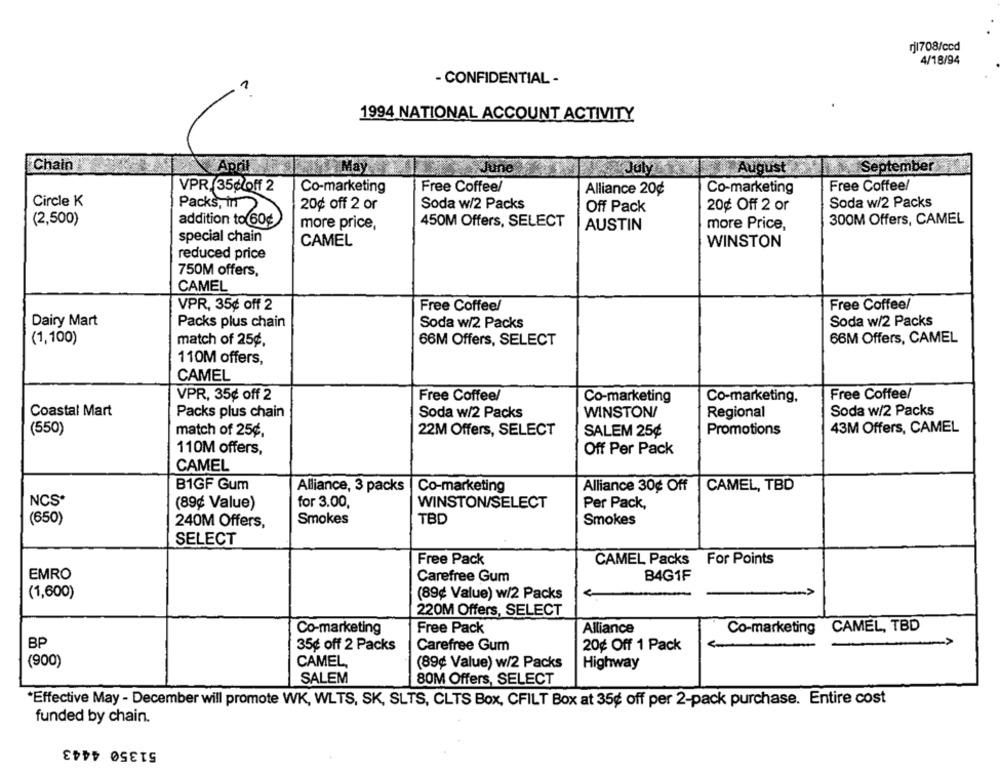
rj1708/ccd
4/18/94
- CONFIDENTIAL -
1994 NATIONAL ACCOUNT ACTIVITY
Chain
April
May
Jun
Ju
August
September
VPR. 35¢loff 2
Co-marketing
Free Coffee/
Alliance 20¢
Co-marketing
Free Coffee/
Circle K
Packs, in )
20¢ off 2 or
Soda w/2 Packs
Off Pack
20¢ Off 2 or
Soda w/2 Packs
(2,500)
addition to 60¢
450M Offers, SELECT
300M Offers, CAMEL
more price,
AUSTIN
more Price,
special chain
CAMEL
WINSTON
reduced price
750M offers,
CAMEL
VPR, 35¢ off 2
Free Coffee/
Free Coffee/
Dairy Mart
Packs plus chain
Soda w/2 Packs
Soda w/2 Packs
(1,100)
66M Offers, SELECT
66M Offers, CAMEL
match of 25¢.
110M offers,
CAMEL
Free Coffee/
VPR, 35¢ off 2
Free Coffee/
Co-marketing
Co-marketing.
Coastal Mart
Packs plus chain
Soda w/2 Packs
WINSTON/
Regional
Soda w/2 Packs
(550)
match of 25¢,
22M Offers, SELECT
SALEM 25¢
Promotions
43M Offers, CAMEL
110M offers,
Off Per Pack
CAMEL
B1GF Gum
Alliance, 3 packs
Co-marketing
Alliance 30¢ Off
CAMEL, TBD
NCS*
(89¢ Value)
for 3.00,
WINSTON/SELECT
Per Pack,
(650)
240M Offers,
Smokes
TBD
Smokes
SELECT
Free Pack
CAMEL Packs For Points
EMRO
Carefree Gum
B4G1F
(1,600)
(89¢ Value) w/2 Packs
e
220M Offers, SELECT
CAMEL, TBD
Co-marketing
Free Pack
Alliance
Co-marketing
BP
35¢ off 2 Packs
Carefree Gum
20¢ Off 1 Pack
(900)
CAMEL,
(89¢ Value) w/2 Packs
Highway
SALEM
80M Offers, SELECT
*Effective May - December will promote WK, WLTS, SK, SLTS, CLTS Box, CFILT Box at 35¢ off per 2-pack purchase. Entire cost
funded by chain.
51350 4443